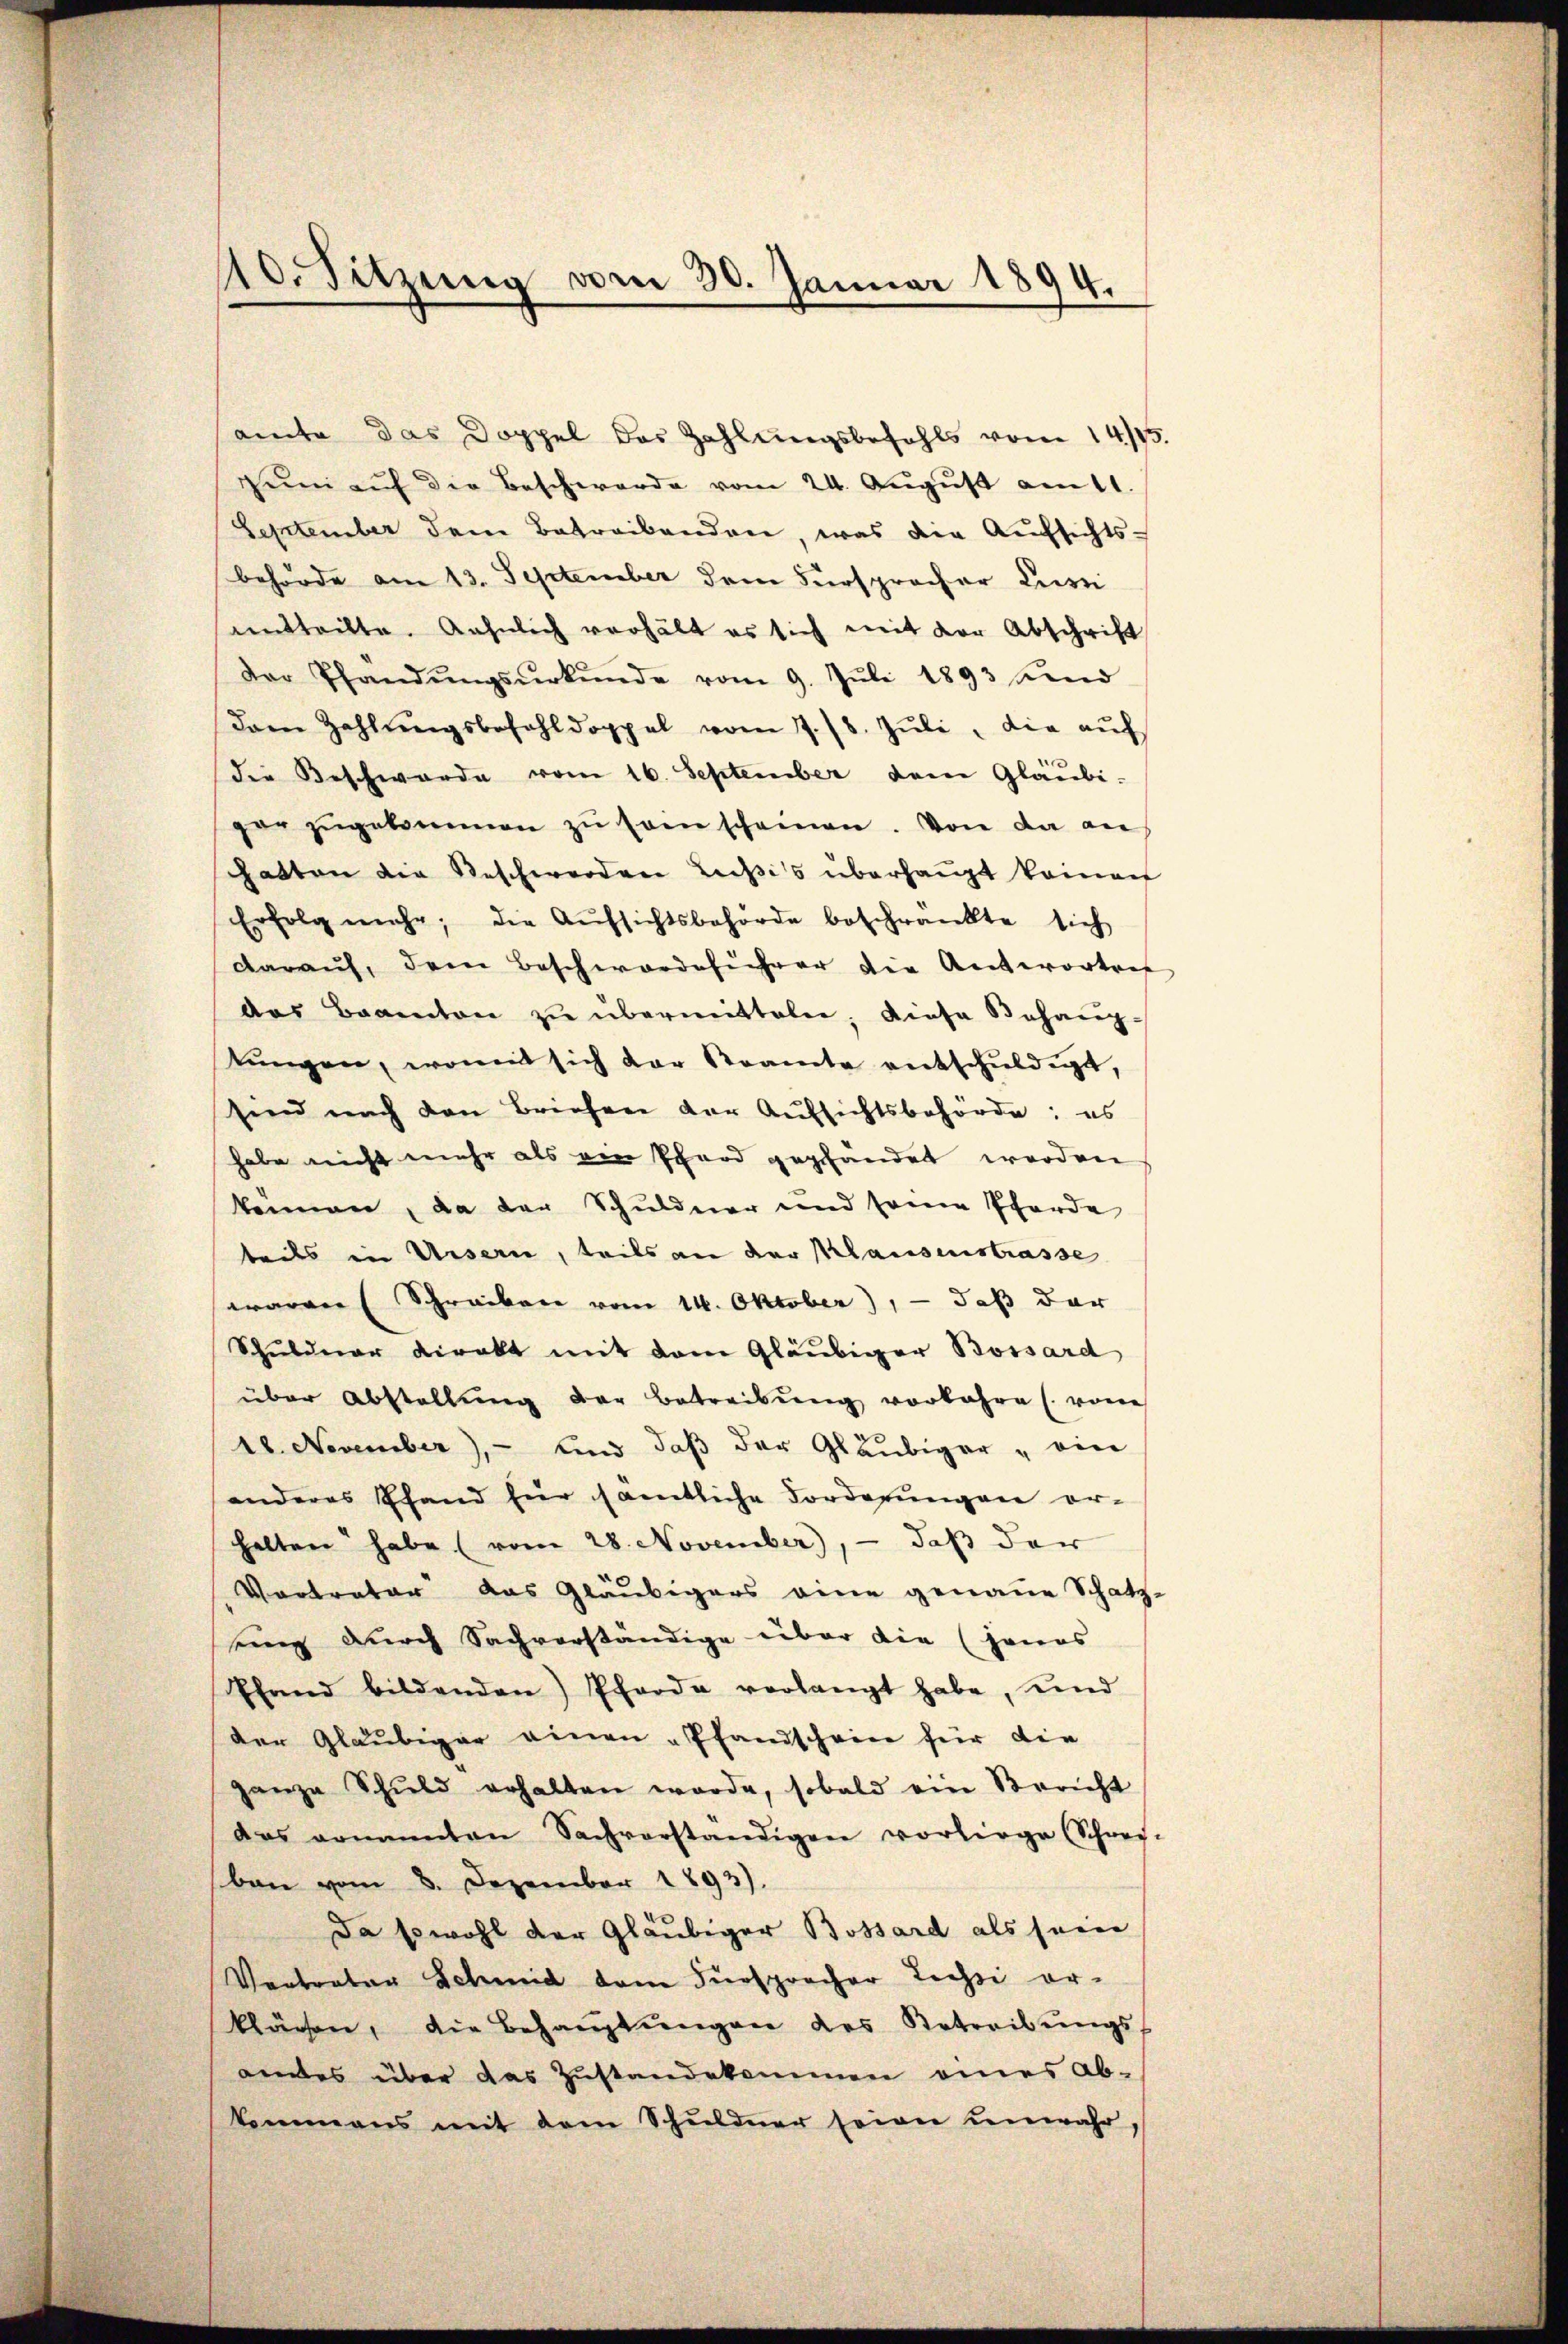
amte das Doppel des Zahlŭngsbefehls vom 1475.
zŭm aŭf die Beschwerde vom 24. Aŭgŭst am 11.
September dem Betreibenden, was die Aufsichts-
behörde am 13. September dem Fürspracher Curi
mitteilte. Aehnlich verhält es sich mit der Abschrift
der Pfandŭngsŭrkŭnde vom 9. Juli 1893 und
Dam Zahlŭngsbefehldoppel vom 7./8. Jŭli, die aŭf
die Beschwerde vom 16. September dem Gläubi-
gar zŭgekommen zŭ senscheinen. Von da an
hatten die Beschwerden Zusis überhaupt keinen
Erfolg mehr; die Aŭfsichtsbehörde beschränkte sich
darauf, dem Beschwerdeführer die Antwortei
das Beamten zŭ übermitteln; diese Behangtŭngen, womit sich der Kramte entschŭldigt,
sind nach den Briefen der Aufsichtsbehörde; es
habe nicht mehr als ein Pfand gepfandet werden,
kennen, da der Schuldner und seine Pferde
teils in Ursern, teils an der Klausenstrasse
waren (Schreiben vom 14. Oktober), - daß der
Schuldner verakt mit dem Gläubiger Bossard
über Abstellung der Betreibung vorbahre (vone
16. November), - und daß der Gläubiger - ein
anderes Pfand für sämtliche Forderungen erhalten habe (vom 28. November), – daß der
Vertreter das Gläubigers eine genaue Schatz-
snng durch Sachverständige über die (hanas
Pfand bildenden Pfarda verlangt habe, und
der Gläubiger einen „Pfandscheine für die
ganze Schŭld erhalten werde, sobald ein Bericht
das ernannten Sachverständigen vorliege (Schrei-
ben vom 8. Dezember 1893).
Da sowohl der Gläubiger Bossard als sein
Vertrater Schmid dem Fürsprocher Tessi or-
klären, die Behaŭptŭngen des Betreibŭngs-
andes über das Zustandekommen eines Ab-
kommens mit dem Schuldner seien unwahr,

10. Sitzung vom 30. Januar 1894.